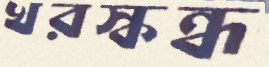
খরস্কন্ধ